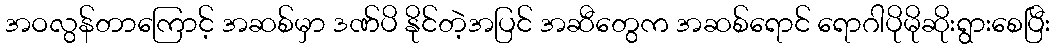
အဝလွန်တာကြောင့် အဆစ်မှာ ဒဏ်ပိ နိုင်တဲ့အပြင် အဆီတွေက အဆစ်ရောင် ရောဂါပိုမိုဆိုးရွားစေပြီး